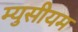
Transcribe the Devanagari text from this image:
म्युसीयम